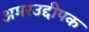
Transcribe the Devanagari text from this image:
अमरउद्दीपक